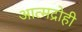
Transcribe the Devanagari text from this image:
आत्मद्रोही